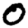
Digit: 0